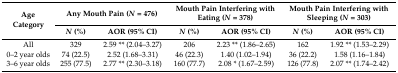
<table><thead><tr><td rowspan="2"><b>Age Category</b></td><td colspan="2"><b>Any Mouth Pain (<i>N</i> = 476)</b></td><td colspan="2"><b>Mouth Pain Interfering with Eating (<i>N</i> = 378)</b></td><td colspan="2"><b>Mouth Pain Interfering with Sleeping (<i>N</i> = 303)</b></td></tr><tr><td><b><i>N</i> (%)</b></td><td><b>AOR (95% CI)</b></td><td><b><i>N</i> (%)</b></td><td><b>AOR (95% CI)</b></td><td><b><i>N</i> (%)</b></td><td><b>AOR (95% CI)</b></td></tr></thead><tbody><tr><td>All</td><td>329</td><td>2.59 ** (2.04–3.27)</td><td>206</td><td>2.23 ** (1.86–2.65)</td><td>162</td><td>1.92 ** (1.53–2.29)</td></tr><tr><td>0–2 year olds</td><td>74 (22.5)</td><td>2.52 (1.68–3.31)</td><td>46 (22.3)</td><td>1.40 (1.02–1.94)</td><td>36 (22.2)</td><td>1.58 (1.16–1.84)</td></tr><tr><td>3–6 year olds</td><td>255 (77.5)</td><td>2.77 ** (2.30–3.18)</td><td>160 (77.7)</td><td>2.08 * (1.67–2.59)</td><td>126 (77.8)</td><td>2.07 ** (1.74–2.42)</td></tr></tbody></table>